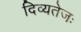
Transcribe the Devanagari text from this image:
दिव्यतेजः